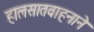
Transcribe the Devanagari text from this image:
हालसातवाहनाने